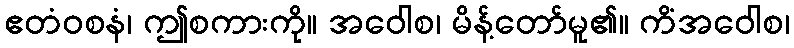
ဧတံဝစနံ၊ ဤစကားကို။ အဝေါစ၊ မိန့်တော်မူ၏။ ကိံအဝေါစ၊